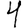
Digit: 4